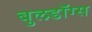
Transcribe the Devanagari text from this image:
बुलडॉग्स